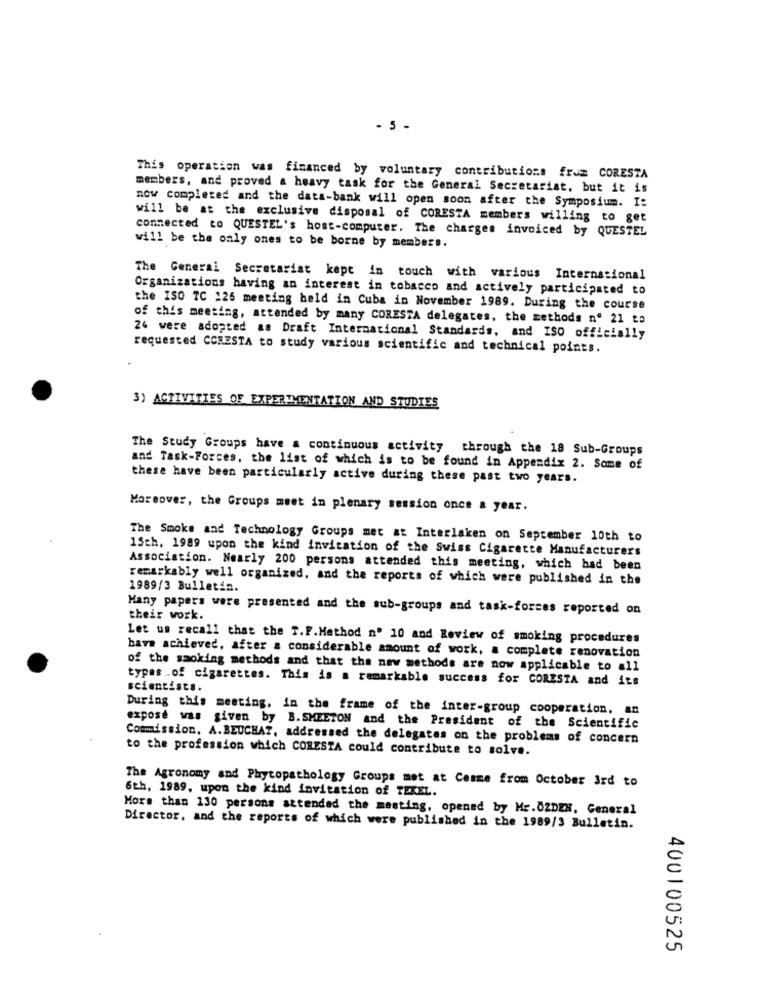
- 5 -
This operation was financed by voluntary contributions from CORESTA
members, and proved a heavy task for the General Secretariat, but it is
now completed and the data-bank will open soon after the Symposium. I:
will be at the exclusive disposal of CORESTA members willing to get
connected to QUESTEL's host-computer. The charges invoiced by QUESTEL
will be the only ones to be borne by members.
The General Secretariat kept in touch with various International
Organizations having an interest in tobacco and actively participated to
the ISO TC 126 meeting held in Cuba in November 1989. During the course
of this meeting, attended by many CORESTA delegates, the methods nº 21 to
24 were adopted as Draft International Standards, and ISO officially
requested CCRESTA to study various scientific and technical points.
3) ACTIVITIES OF EXPERIMENTATION AND STUDIES
The Study Groups have a continuous activity through the 18 Sub-Groups
and Task-Forces, the list of which is to be found in Appendix 2. Some of
these have been particularly active during these past two years.
Moreover, the Groups meet in plenary session once a year.
The Smoke and Technology Groups met at Interlaken on September 10th to
15ch, 1989 upon the kind invitation of the Swiss Cigarette Manufacturers
Association. Nearly 200 persons attended this meeting, which had been
remarkably well organized, and the reports of which were published in the
1989/3 Bulletin.
Many papers were presented and the sub-groups and task-forces reported on
their work.
Let us recall that the f.F.Method nº 10 and Review of smoking procedures
have achieved, after a considerable amount of work, a complete renovation
of the smoking methods and that the new methods are now applicable to all
types .of cigarettes. This is a remarkable success for CORESTA and its
scientists.
During this meeting, in the frame of the inter-group cooperation, an
exposé was given by B.SMEETON and the President of the Scientific
Commission, A.BEUCHAT, addressed the delegates on the problems of concern
to the profession which CORESTA could contribute to solve.
The Agronomy and Phytopathology Groups met at Comme from October 3rd to
6th, 1989, upon the kind invitation of TEKEL.
More than 130 persons attended the meeting, opened by Mr.ÖZDEN. General
Director, and the reports of which were published in the 1989/3 Bulletin.
400100525